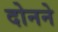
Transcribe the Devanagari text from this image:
दोनने